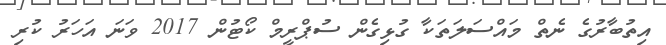
އިތުބާރުގެ ނެތް މައްސަލަތަކާ ގުޅިގެން ސުޕްރީމް ކޯޓުން 2017 ވަނަ އަހަރު ކުރި